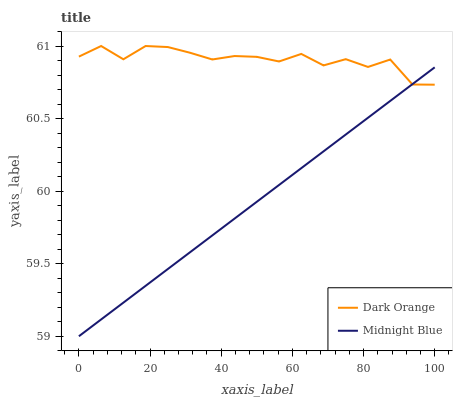
| xaxis_label | Dark Orange | Midnight Blue |
 | --- | --- | --- |
 | 0 | 60.9 | 59 |
 | 6.25 | 61 | 59.1 |
 | 12.5 | 60.9 | 59.2 |
 | 18.8 | 61 | 59.3 |
 | 25 | 61 | 59.5 |
 | 31.2 | 61 | 59.6 |
 | 37.5 | 60.9 | 59.7 |
 | 43.8 | 60.9 | 59.8 |
 | 50 | 60.9 | 59.9 |
 | 56.2 | 60.9 | 60 |
 | 62.5 | 60.9 | 60.2 |
 | 68.8 | 60.9 | 60.3 |
 | 75 | 60.9 | 60.4 |
 | 81.2 | 60.9 | 60.5 |
 | 87.5 | 60.9 | 60.6 |
 | 93.8 | 60.7 | 60.7 |
 | 100 | 60.7 | 60.9 |